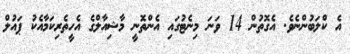
އެ ކްލަބުންނެވެ. އެގޮތުން 14 ވަނަ މިނެޓުގައި އެންތޮނީ މާޝިއާލްގެ އެހީތެރިކަމާއެކު ޕައުލް